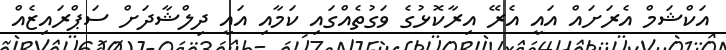
އަކްޝަމް އެރަށައް އައީ އެރޭ އިރާކޮޅުގެ ވަގުތެއްގައި ކަމާއި އައީ ދިލްޝާދަށް ސަޕްރައިޒެއް